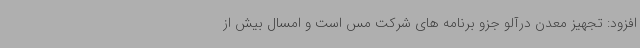
افزود: تجهیز معدن درآلو جزو برنامه های شرکت مس است و امسال بیش از